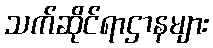
သက်ဆိုင်ရာဌာနများ